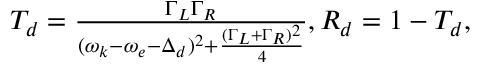
\begin{array} { r } { T _ { d } = \frac { \Gamma _ { L } \Gamma _ { R } } { ( \omega _ { k } - \omega _ { e } - \Delta _ { d } ) ^ { 2 } + \frac { ( \Gamma _ { L } + \Gamma _ { R } ) ^ { 2 } } { 4 } } , R _ { d } = 1 - T _ { d } , } \end{array}